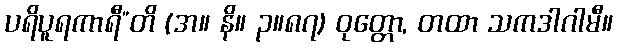
ပရိပူရကာရီ”တိ (အ။ နိ။ ၃။၈၇) ဝုတ္တော, တထာ သကဒါဂါမီ။